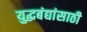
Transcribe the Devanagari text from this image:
युद्धबंद्यांसाठी